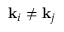
\mathbf { k } _ { i } \neq \mathbf { k } _ { j }